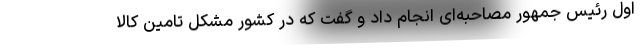
اول رئیس جمهور مصاحبه‌ای انجام داد و گفت که در کشور مشکل تامین کالا